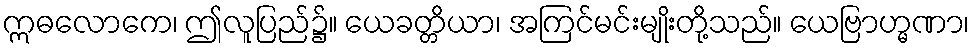
ဣဓလောကေ၊ ဤလူပြည်၌။ ယေခတ္တိယာ၊ အကြင်မင်းမျိုးတို့သည်။ ယေဗြာဟ္မဏာ၊